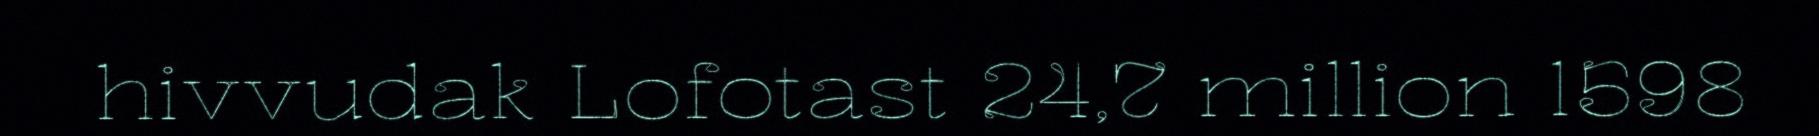
hivvudak Lofotast 24,7 million 1598